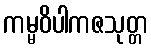
ကမ္မဝိပါကဇသုတ္တ